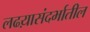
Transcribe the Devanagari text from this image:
लढय़ासंदर्भातील